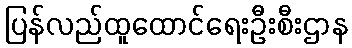
ပြန်လည်ထူထောင်ရေးဦးစီးဌာန